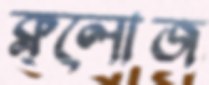
ক্ল্লোজ